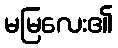
မမြလေး၏